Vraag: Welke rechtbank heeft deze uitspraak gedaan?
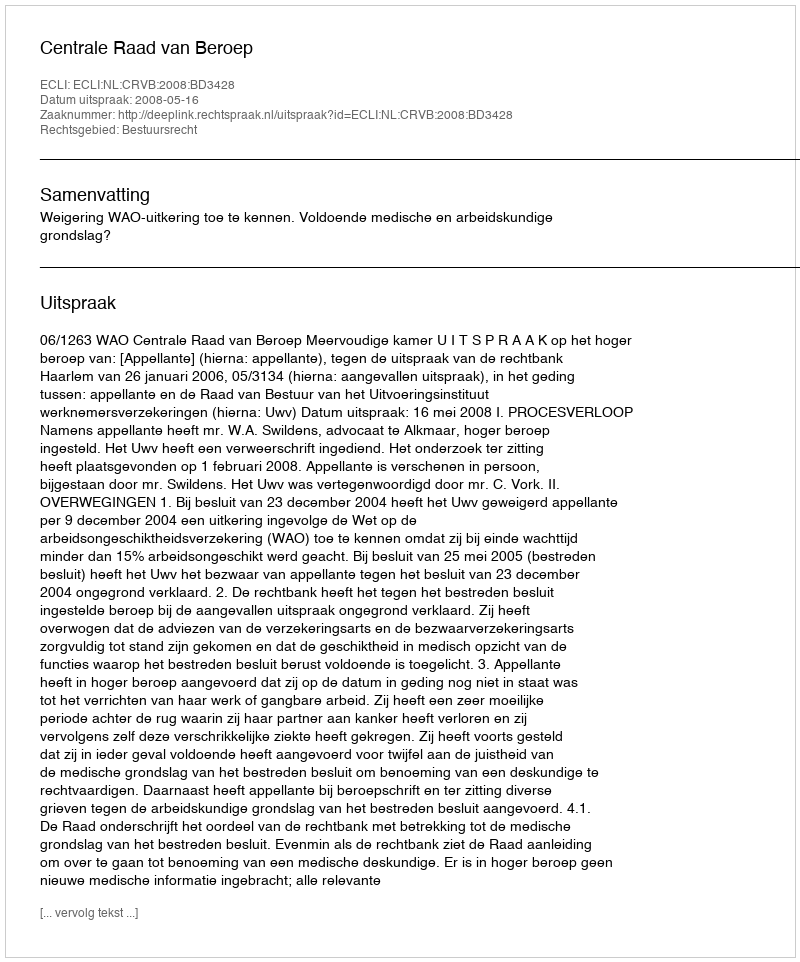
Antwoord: Centrale Raad van Beroep